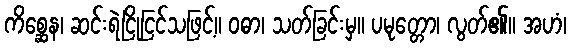
ကိစ္ဆေန၊ ဆင်းရဲငြိုငြင်သဖြင့်။ ဝဓာ၊ သတ်ခြင်းမှ။ ပမုတ္တော၊ လွတ်၏။ အဟံ၊